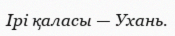
Ірі қаласы — Ухань.